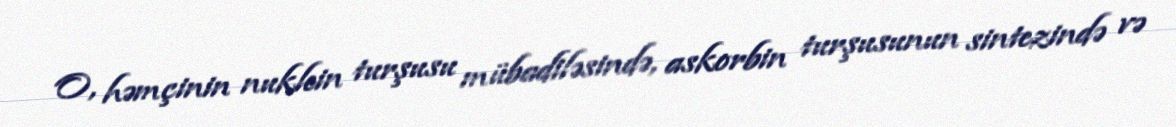
O, həmçinin nuklein turşusu mübadiləsində, askorbin turşusunun sintezində və